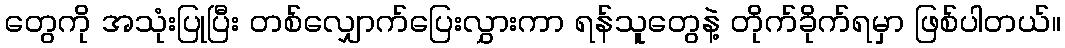
တွေကို အသုံးပြုပြီး တစ်လျှောက်ပြေးလွှားကာ ရန်သူတွေနဲ့ တိုက်ခိုက်ရမှာ ဖြစ်ပါတယ်။